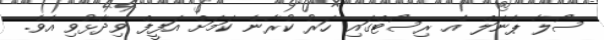
ސޯލާ ޕެނަލް އެ ރިސޯޓްގައި ހަރު ކުރާނެ ކަމަށް އަފީފް ވިދާޅުވި އެވެ.